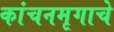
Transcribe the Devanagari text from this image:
कांचनमृगाचे